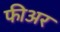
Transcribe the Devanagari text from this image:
फीअर